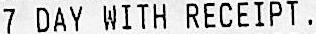
7 DAY WITH RECEIPT.